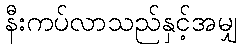
နီးကပ်လာသည်နှင့်အမျှ